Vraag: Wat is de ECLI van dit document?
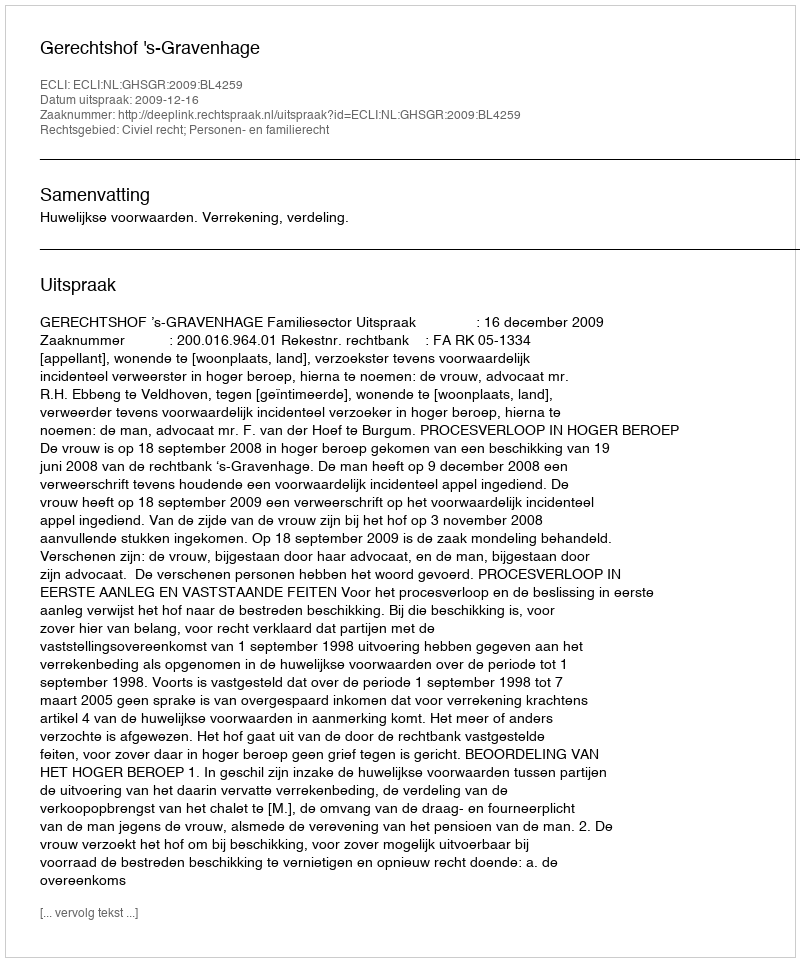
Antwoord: ECLI:NL:GHSGR:2009:BL4259